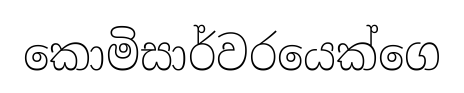
කොමිසාර්වරයෙක්ගෙ